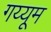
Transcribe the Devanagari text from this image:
गय्यूम